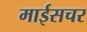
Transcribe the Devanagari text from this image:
माईसचर